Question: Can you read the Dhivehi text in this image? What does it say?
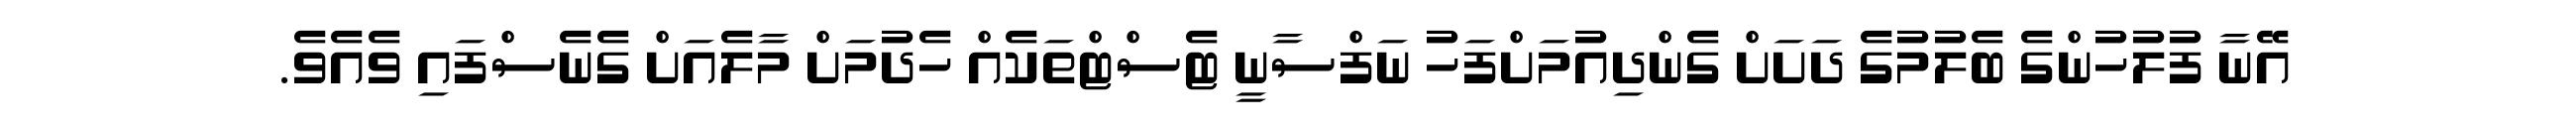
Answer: އޭނާ ފުލުހުންގެ ބެލުމުގެ ދަށަށް ގެންދިއުމަށްފަހު ނަފްސާނީ ޓެސްޓްތަކެއް ހެދުމަށް މާލެއަށް ގެނެސްފައި ވެއެވެ.